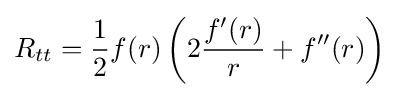
R_{tt}={\frac {1}{2}}f(r)\left(2{\frac {f'(r)}{r}}+f''(r)\right)